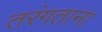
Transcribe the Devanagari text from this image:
तरंगताना